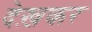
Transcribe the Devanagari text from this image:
देख़कर